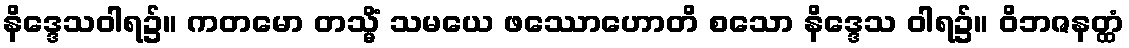
နိဒ္ဒေသဝါရ၌။ ကတမော တသ္မိံ သမယေ ဖဿောဟောတိ စသော နိဒ္ဒေသ ဝါရ၌။ ဝိဘဇနတ္ထံ